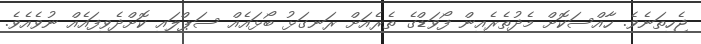
ޖެހިތަނެވެ. ހާއްސަކޮށް މެދުތެރެއިން ފޯވަޑްގެ ތެރެއަށް ރަނގަޅު ބޯޅައެއް ސަޕްލައި ކޮށްދެވިފައެއް ނުވެއެވެ.